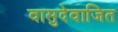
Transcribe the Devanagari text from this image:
वासुदेवाजित